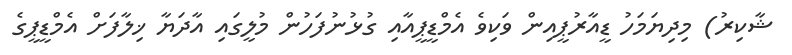
ޝާކިރު) މިދިޔަމަހު ޑީއާރުޕީއިން ވަކިވެ އެމްޑީޕީއާއި ގުޅުނުފަހުން މުލީގައި އާދަޔާ ޚިލާފަށް އެމްޑީޕީގެ